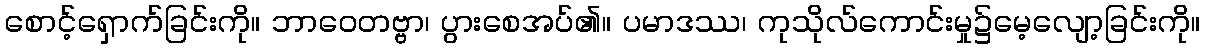
စောင့်ရှောက်ခြင်းကို။ ဘာဝေတဗ္ဗာ၊ ပွားစေအပ်၏။ ပမာဒဿ၊ ကုသိုလ်ကောင်းမှု၌မေ့လျော့ခြင်းကို။